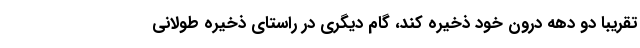
تقریباً دو دهه درون خود ذخیره کند، گام دیگری در راستای ذخیره طولانی